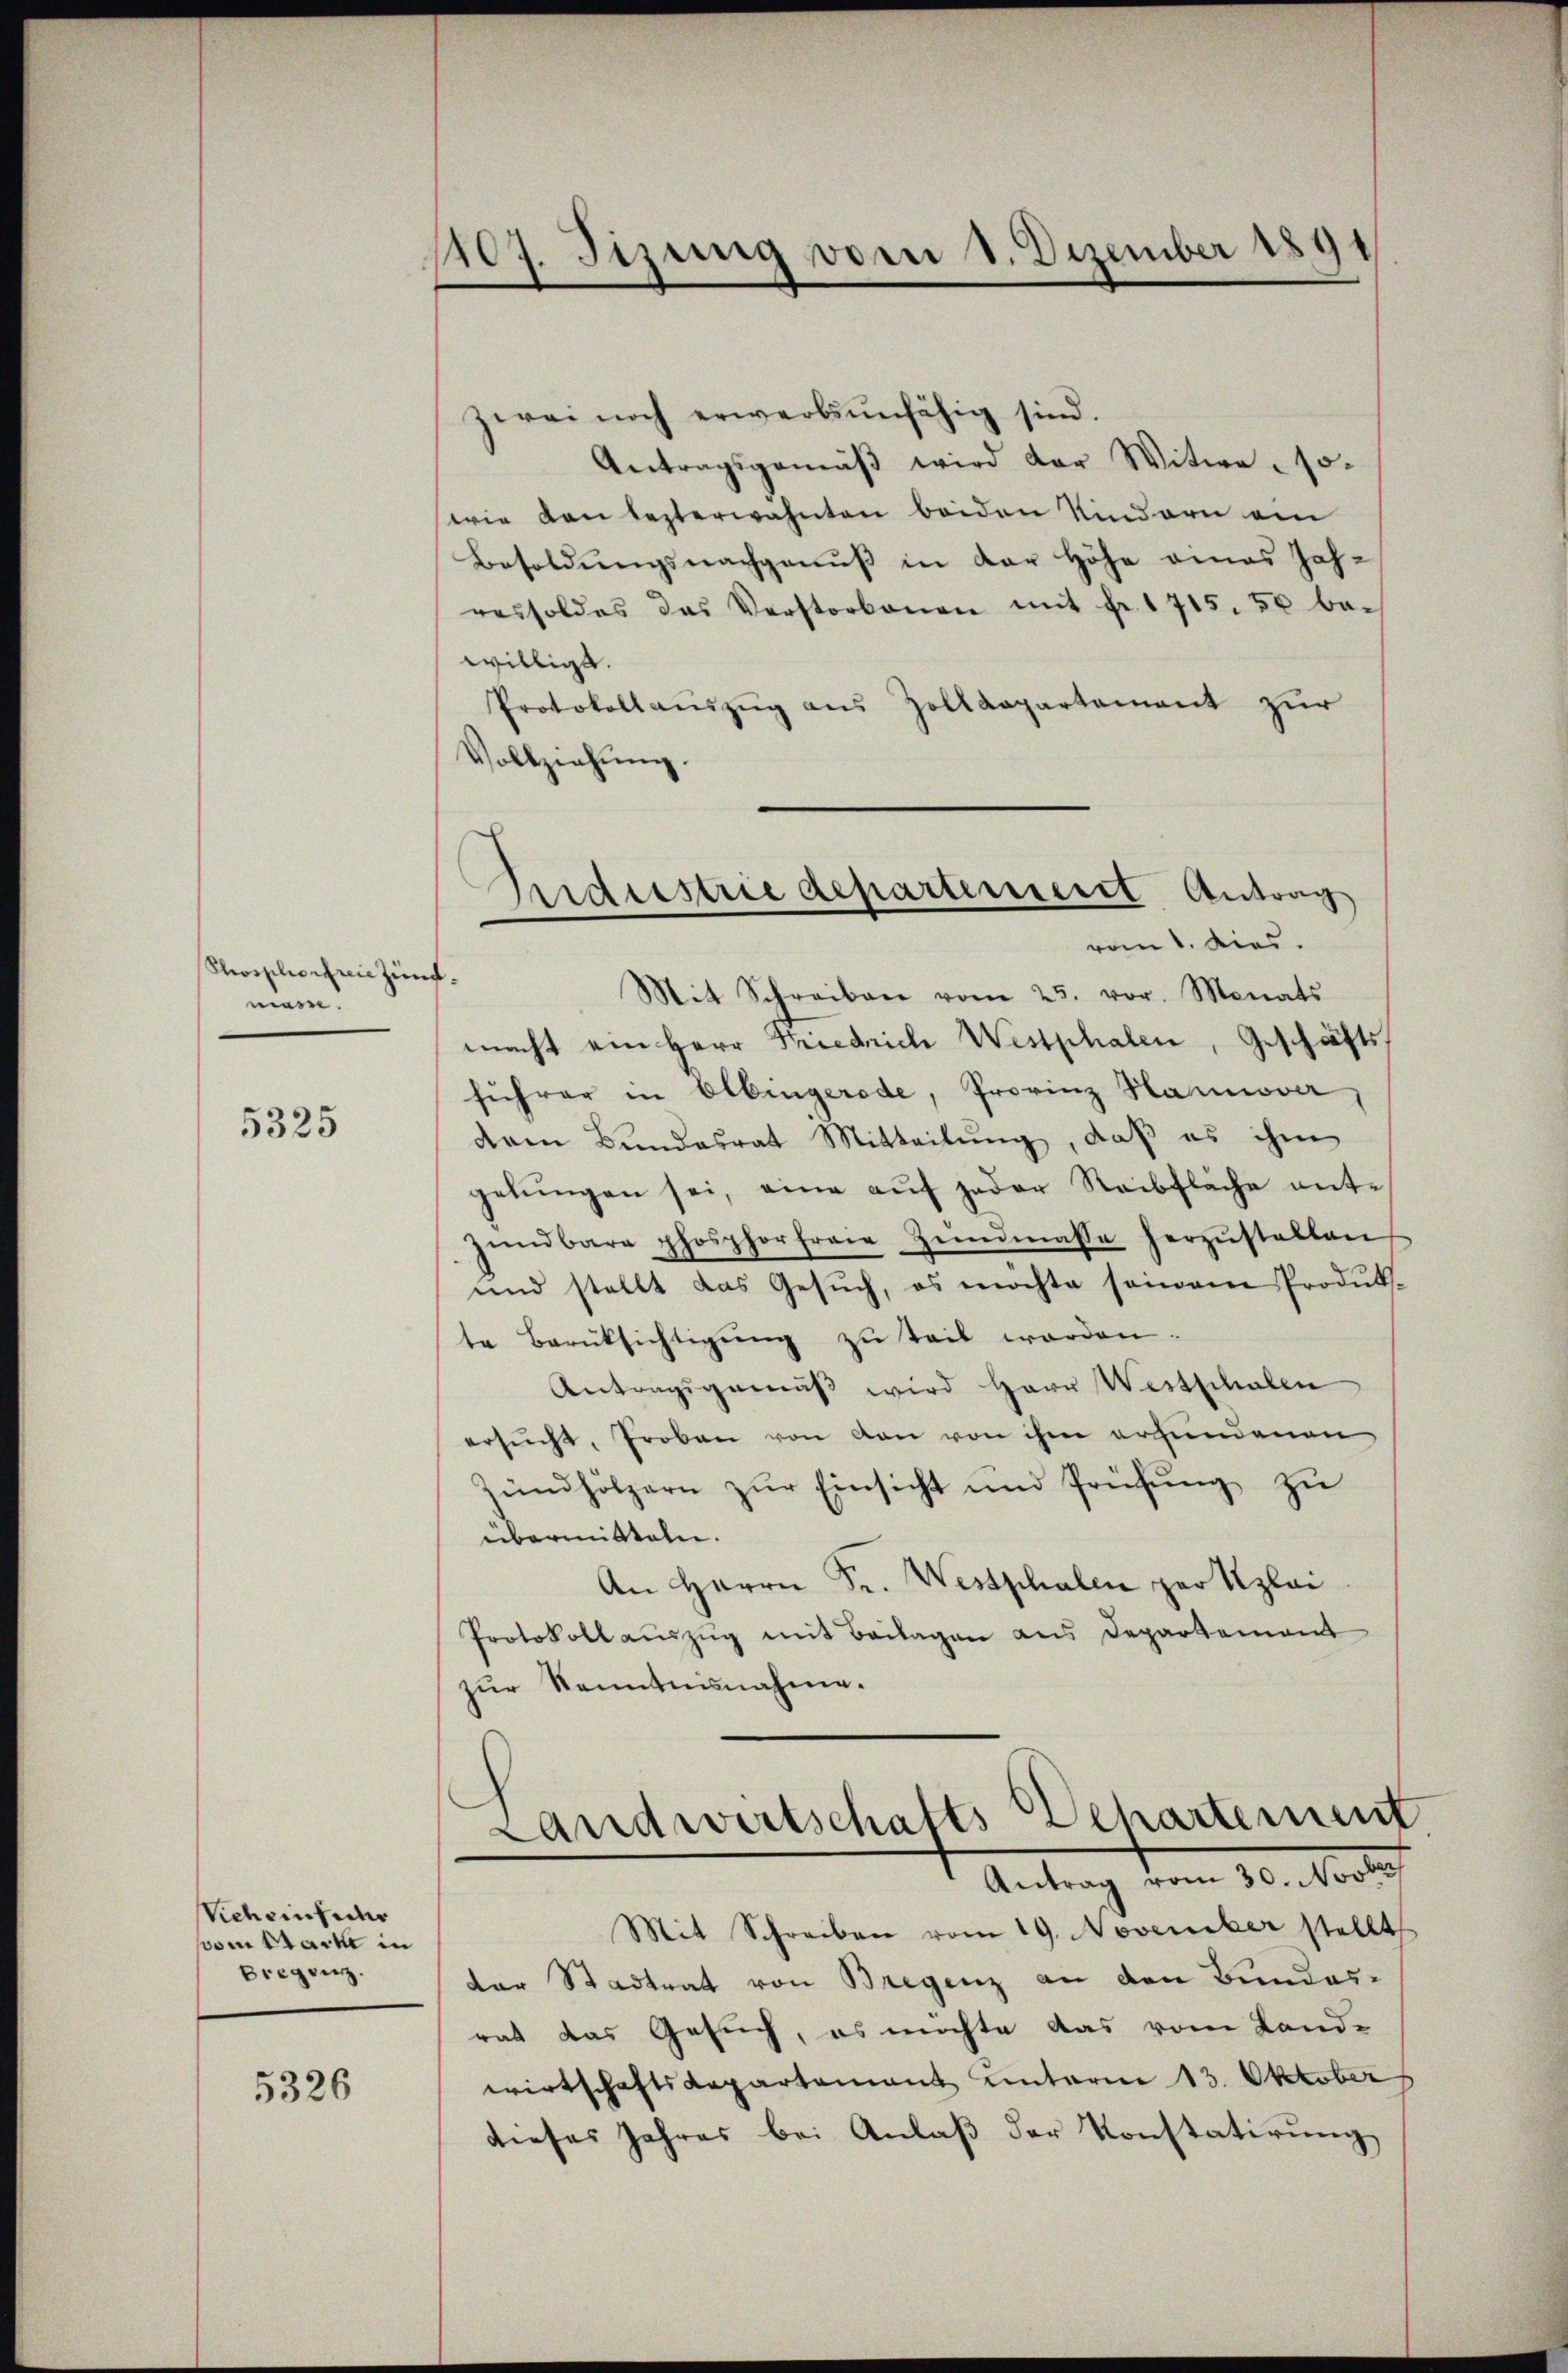
Shosphoirie Zündmein.

5325

Vich einfacher
pom Stacke in
Bregenz.

5326

1107. Sizung vom 1. Dezember 1891

zwei noch erwerbsunfähig sind.
Antragsgemäβ wird der Witwe so¬
(wie den lezterwähnten beiden Kindern ein
Besoldŭngsnachganŭβ in der Höhe eines Jah-
ressoldes das Verstorbenen mit fr. 1715. 50 be-
willigt.
Protokollauszug aus Zolldepartement zur
Vollziehung.
Mit Schreiben vom 23. vor. Monats
macht ein Herr Friedrich Westphalen, Geschäfts
führer in Albingerede, Provinz Hannover
dem Bundesrat Mitteilung, daß es ihm
gelŭngen sei, eine auf jeder Reibfläche ent-
Zündbare phosphorfreie Zeidmasse herzŭstellen
und stellt das Gesŭch, es möchte seinem Produk-
te Berücksichtigŭng zu teil worden.
Antragsgemäβ wird Herr Westschalen
ersŭcht, Proben von von von ihm erhundenen
Zündhölzern zŭr Einsicht und Prüfŭng zu
übermitteln.
An Herrn Sr. Westphalen zur Uplai
Protokoll aŭszŭg mit Beilagen aus Departement
zur Kenntnisnahme.
Landwirtschafts Departement
Antrag vom 30. Novbr
Mit Schreiben vom 19. November stellt
der Stadtrat von Bregenz an den Bundes-
rat das Gesuch, es möchte das vom Land-
wirtschaftsdepartement unterm 13. Oktober
dieses Jahres bei Anlaß der Konstatirung

Gridistrie departement Antrag
vom 1. dies.